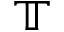
\mathbb { T }